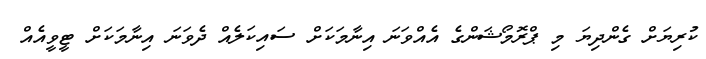
ކުރިޔަށް ގެންދިޔަ މި ޕްރޮމޯޝަންގެ އެއްވަނަ އިނާމަކަށް ސައިކަލެއް ދެވަނަ އިނާމަކަށް ޓީވީއެއް